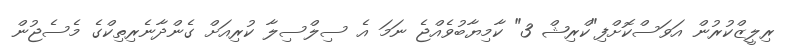
ރިލީޒްކުރުން އަވަސްކޮށްފި"ކްރިޝް 3" ކާމިޔާބުވެއްޖެ ނަމަ އެ ސިލްސިލާ ކުރިއަށް ގެންދާނެރިތިކްގެ މެސެޖުން